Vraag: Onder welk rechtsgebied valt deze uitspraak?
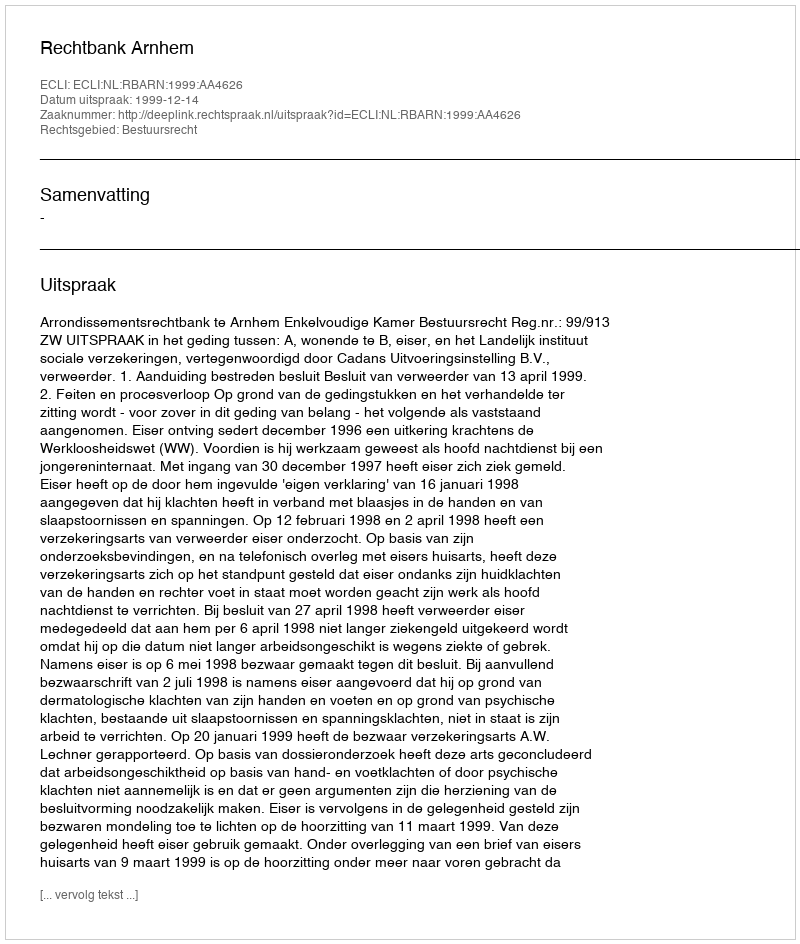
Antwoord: Bestuursrecht